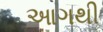
આગથી